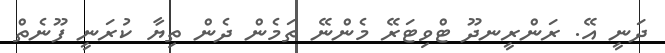
ދަނީ އޭ. ރަންރީނދޫ ޓްވިޓަރޭ މެންނޭ ތަމެން ދެން ތިޔާ ކުރަނީ ފޫނެތް